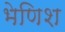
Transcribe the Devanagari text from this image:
भेणिश